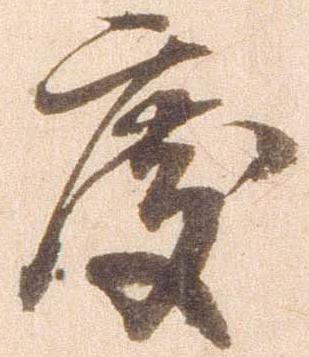
度